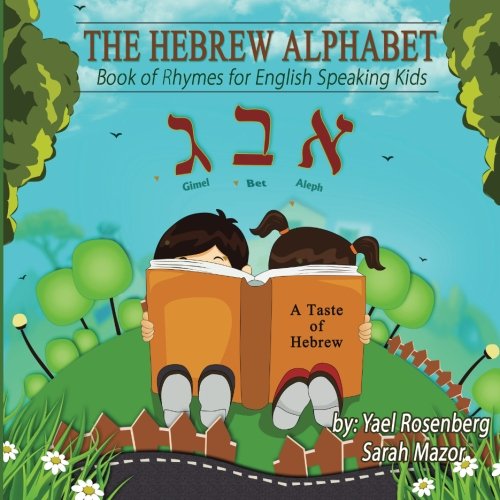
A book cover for The Hebrew Alphabet: Book of Rhymes for English Speaking Kids (Smart Kids Bright Future Children's Book Collection); Yael Rosenberg; Reference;